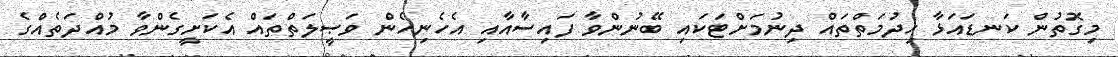
މިގޮތުން ކަނޑައަޅާ ޚިދުމަތްތައް ދިނުމަށްޓަކައި ބޭނުންވާ ފައިސާއާއި އެހެނިހެން ވަޞީލަތްތައް އެކަށީގެންވާ މުއްދަތެއްގެ